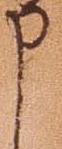
申